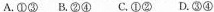
A.①③ B.②④ C.①② D.③④